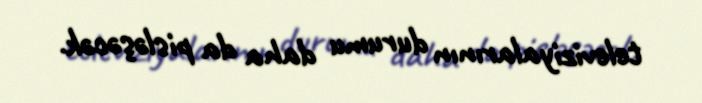
televiziyalarının durumu daha da pisləşəcək.